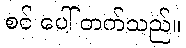
စင် ပေါ် တက်သည်။